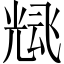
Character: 𲋓